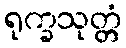
ရုက္ခသုတ္တံ